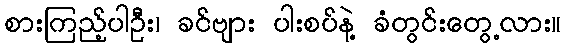
စားကြည့်ပါဦး၊ ခင်ဗျား ပါးစပ်နဲ့ ခံတွင်းတွေ့လား။